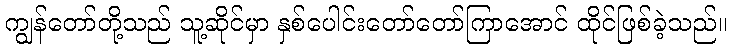
ကျွန်တော်တို့သည် သူ့ဆိုင်မှာ နှစ်ပေါင်းတော်တော်ကြာအောင် ထိုင်ဖြစ်ခဲ့သည်။